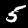
Digit: 5